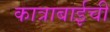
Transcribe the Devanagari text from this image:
कात्राबाईची